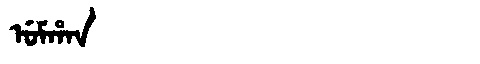
Manchu: ᡠᠮᡥᠠᠨ
Romanization: UMHAN